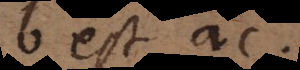
b est ac